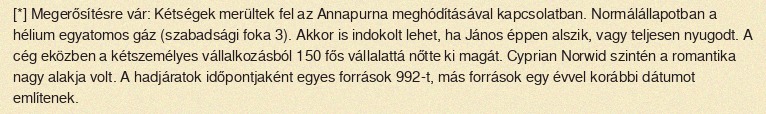
[*] Megerősítésre vár: Kétségek merültek fel az Annapurna meghódításával kapcsolatban. Normálállapotban a hélium egyatomos gáz (szabadsági foka 3). Akkor is indokolt lehet, ha János éppen alszik, vagy teljesen nyugodt. A cég eközben a kétszemélyes vállalkozásból 150 fős vállalattá nőtte ki magát. Cyprian Norwid szintén a romantika nagy alakja volt. A hadjáratok időpontjaként egyes források 992-t, más források egy évvel korábbi dátumot említenek.